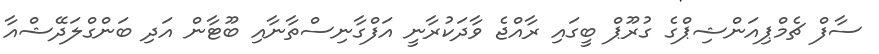
ސާފް ޗެމްޕިއަންޝިޕްގެ ގުރޫޕް ބީގައި ރާއްޖެ ވާދަކުރާނީ އަފްގާނިސްތާނާއި ބޫޓާން އަދި ބަންގްލަދޭޝްއާ